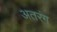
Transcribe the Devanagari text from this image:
अतरंग